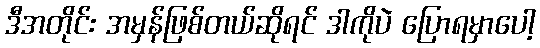
ဒီအတိုင်း အမှန်ဖြစ်တယ်ဆိုရင် ဒါကိုပဲ ပြောရမှာပေါ့